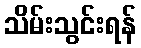
သိမ်းသွင်းရန်